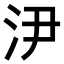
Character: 𣲫